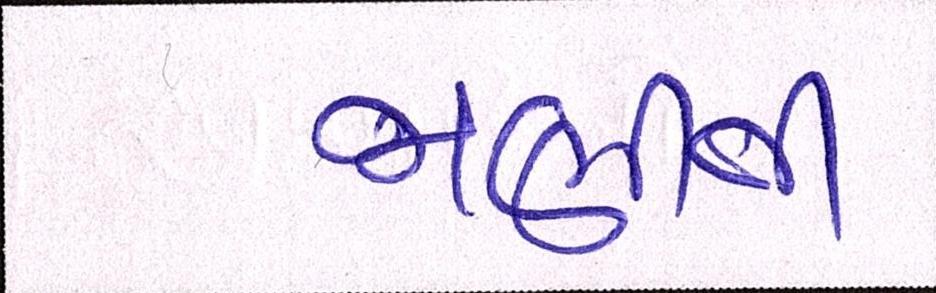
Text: જાણીતી